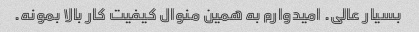
بسیار عالی. امیدوارم به همین منوال کیفیت کار بالا بمونه.